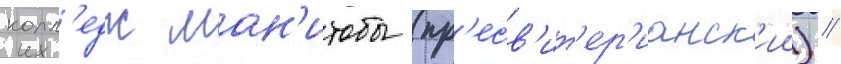
колл'едж ман'итобы (пр'есв'ит'ер'ианск'ии) //